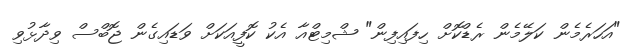
"އަހަރެމެން ކަލޭމެން ރެޑްކޮށް ހިފައިފިން" ޝްމިޓްއާ އެކު ކޮފީއަކަށް ވަޑައިގެން ޖޮބްސް ވިދާޅުވި